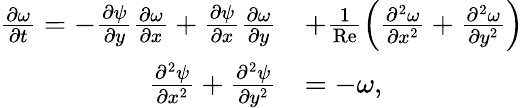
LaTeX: \begin{array}{rl}{\frac{\partial\omega}{\partial t}=-\frac{\partial\psi}{\partial y}\frac{\partial\omega}{\partial x}+\frac{\partial\psi}{\partial x}\frac{\partial\omega}{\partial y}}&{+\frac{1}{\mathrm{Re}}\left(\frac{\partial^{2}\omega}{\partial x^{2}}+\frac{\partial^{2}\omega}{\partial y^{2}}\right)}\\ {\frac{\partial^{2}\psi}{\partial x^{2}}+\frac{\partial^{2}\psi}{\partial y^{2}}}&{=-\omega,}\end{array}